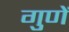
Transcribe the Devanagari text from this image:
गुणें